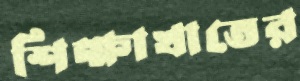
শিক্ষাখাতের